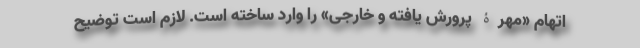
اتهام «مهرۀ پرورش یافته و خارجی» را وارد ساخته است. لازم است توضیح